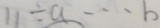
1 1 \div a \cdots b